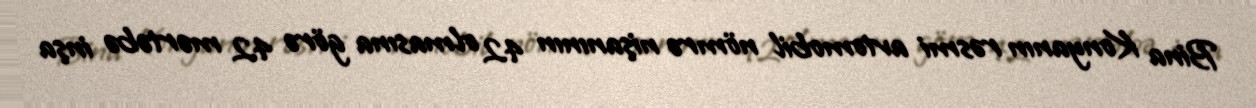
Bina Konyanın rəsmi avtomobil nömrə nişanının 42 olmasına görə 42 mərtəbə inşa